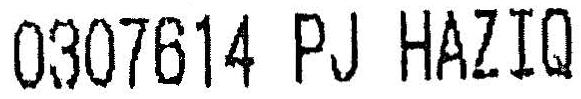
0307614 PJ HAZIQ